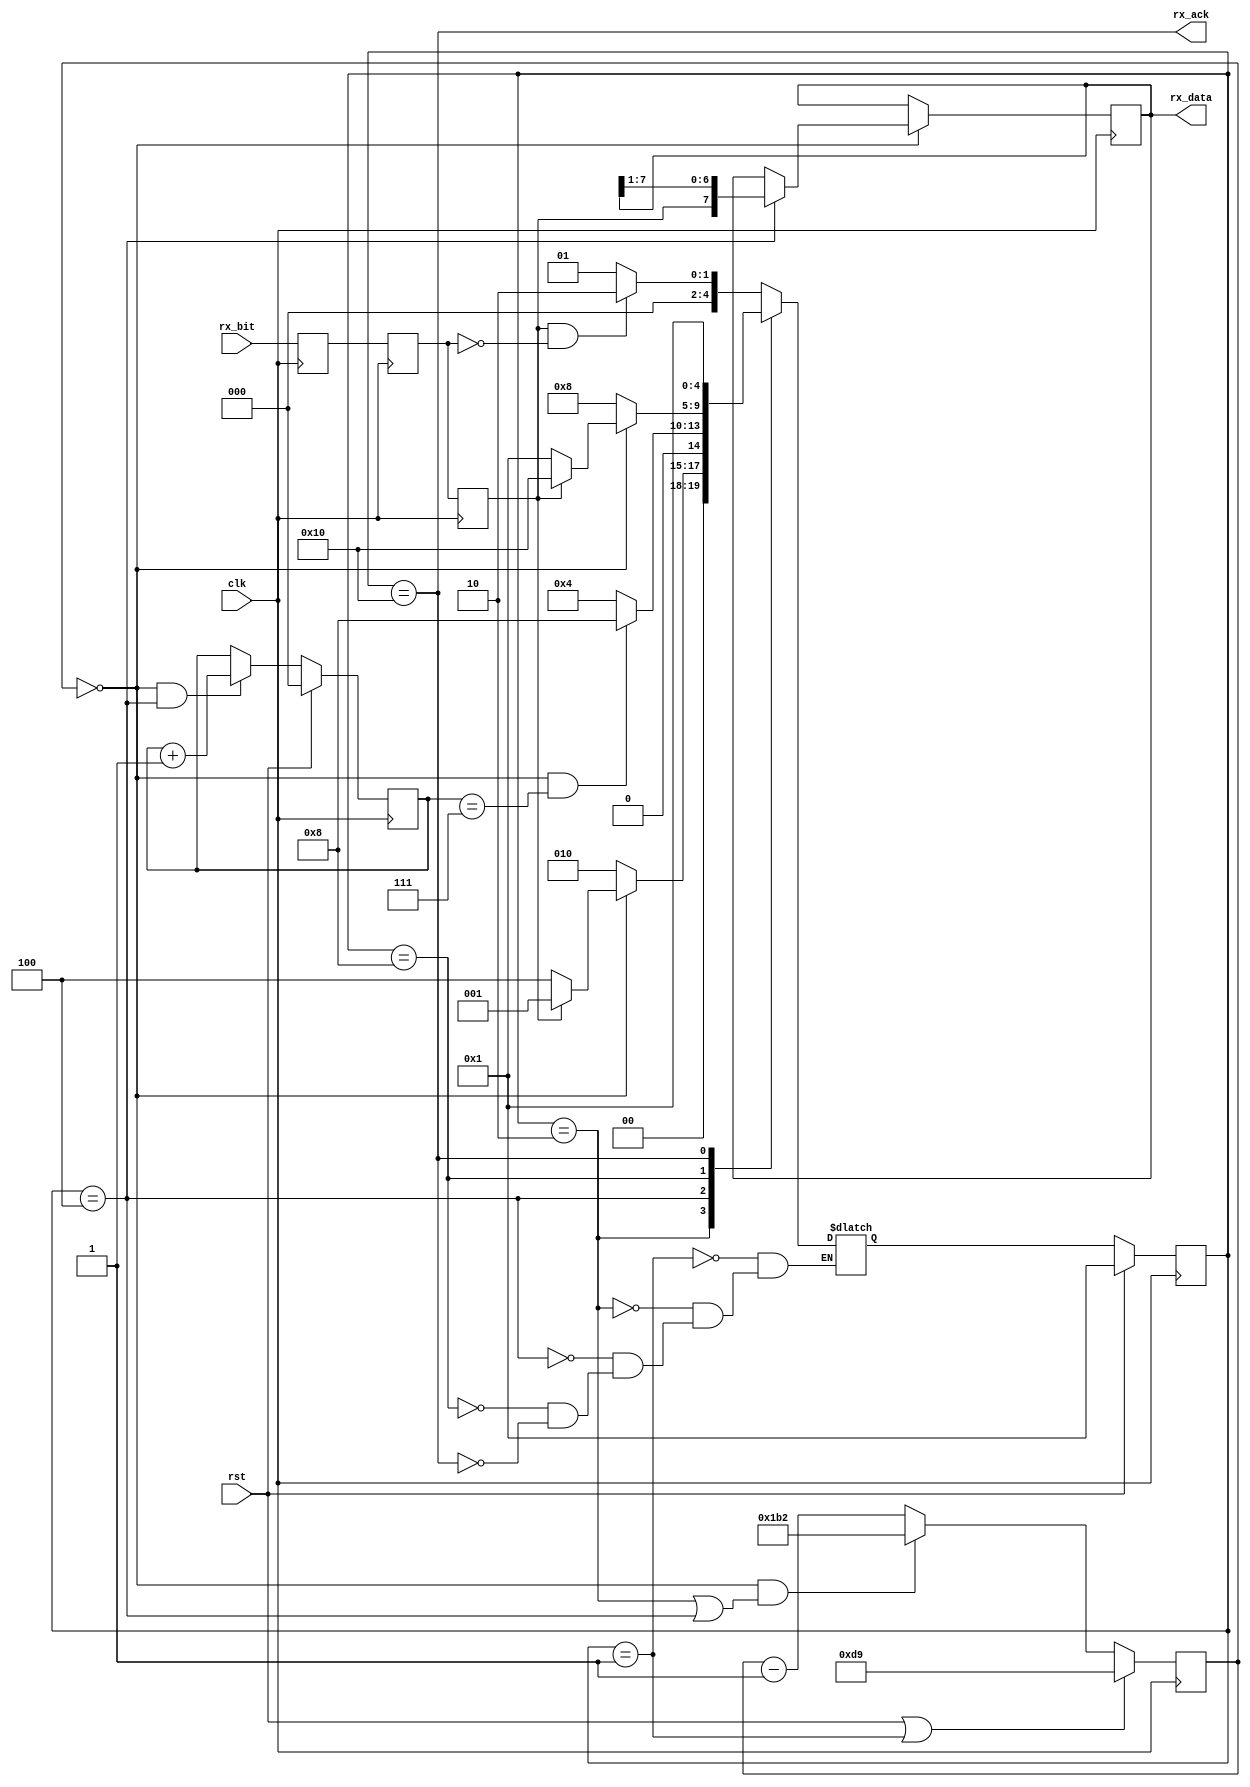
// This file is part of AjarDSP
//
// Copyright (c) 2010, 2011 Markus Lavin
// All rights reserved.
//
// Redistribution and use in source and binary forms, with or without
// modification, are permitted provided that the following conditions are
// met:
//
// 1. Redistributions of source code must retain the above copyright
//    notice, this list of conditions and the following disclaimer.
//
// 2. Redistributions in binary form must reproduce the above copyright
//    notice, this list of conditions and the following disclaimer in the
//    documentation and/or other materials provided with the distribution.
//
// 3. Neither the name of the <ORGANIZATION> nor the names of its
//    contributors may be used to endorse or promote products derived from
//    this software without specific prior written permission.
//
// THIS SOFTWARE IS PROVIDED BY THE COPYRIGHT HOLDERS AND CONTRIBUTORS
// "AS IS" AND ANY EXPRESS OR IMPLIED WARRANTIES, INCLUDING, BUT NOT
// LIMITED TO, THE IMPLIED WARRANTIES OF MERCHANTABILITY AND FITNESS FOR
// A PARTICULAR PURPOSE ARE DISCLAIMED. IN NO EVENT SHALL THE COPYRIGHT
// HOLDER OR CONTRIBUTORS BE LIABLE FOR ANY DIRECT, INDIRECT, INCIDENTAL,
// SPECIAL, EXEMPLARY, OR CONSEQUENTIAL DAMAGES (INCLUDING, BUT NOT
// LIMITED TO, PROCUREMENT OF SUBSTITUTE GOODS OR SERVICES; LOSS OF USE,
// DATA, OR PROFITS; OR BUSINESS INTERRUPTION) HOWEVER CAUSED AND ON ANY
// THEORY OF LIABILITY, WHETHER IN CONTRACT, STRICT LIABILITY, OR TORT
// (INCLUDING NEGLIGENCE OR OTHERWISE) ARISING IN ANY WAY OUT OF THE USE
// OF THIS SOFTWARE, EVEN IF ADVISED OF THE POSSIBILITY OF SUCH DAMAGE.

// For 50mhz
// `define UART_FULL_BIT_TIME 434
// `define UART_HALF_BIT_TIME 217

// For 40mhz
//`define UART_FULL_BIT_TIME 347
//`define UART_HALF_BIT_TIME 174

module uart_rx(clk, rst, rx_data, rx_ack, rx_bit);

   input clk;
   input rst;
   output [7:0] rx_data;
   output       rx_ack;
   input        rx_bit;

   wire         rx_strobe;
   wire         rx_bit_negedge;

   reg [15:0]   clk_counter;

   reg [4:0]    rx_state;
   reg [4:0]    next_rx_state;
   reg [7:0]    rx_shiftreg;

   reg          rx_bit_l1;
   reg          rx_bit_l2;
   reg          rx_bit_l3;

   reg [2:0]    rx_bitcounter;

   // For 50mhz
   parameter UART_FULL_BIT_TIME = 434,
             UART_HALF_BIT_TIME = 217;

   parameter rx_state_idle     = 5'b00001,
             rx_state_startbit = 5'b00010,
             rx_state_databit  = 5'b00100,
             rx_state_stopbit  = 5'b01000,
             rx_state_recvd    = 5'b10000;


   assign    rx_strobe = (clk_counter == 0);
   assign    rx_bit_negedge = rx_bit_l3 & ~rx_bit_l2;

   assign    rx_data = rx_shiftreg;
   assign    rx_ack = (rx_state == rx_state_recvd);

   always @(posedge clk)
     begin
        rx_bit_l1 <= rx_bit;
     end

   always @(posedge clk)
     begin
        rx_bit_l2 <= rx_bit_l1;
     end

   always @(posedge clk)
     begin
        rx_bit_l3 <= rx_bit_l2;
     end



   always @(posedge clk)
     begin
        if (rst || rx_state == rx_state_idle)
          begin
             clk_counter <= UART_HALF_BIT_TIME;
          end
        else if (rx_strobe && (rx_state == rx_state_startbit ||
                               rx_state == rx_state_databit))
          begin
             clk_counter <= UART_FULL_BIT_TIME;
          end
        else
          begin
             clk_counter <= clk_counter - 1;
          end
     end

   always @(posedge clk)
     begin
        if (rx_strobe)
          begin
             if (rx_state == rx_state_databit)
               begin
                  rx_shiftreg[7:0] <= {rx_bit_l3, rx_shiftreg[7:1]};
               end
          end
     end

   always @(posedge clk)
     begin
        if (rst)
          begin
             rx_state <= rx_state_idle;
          end
        else
          begin
             rx_state <= next_rx_state;
          end
     end


   always @(posedge clk)
     begin
        if (rst)
          begin
             rx_bitcounter <= 0;
          end
        else if (rx_strobe && rx_state == rx_state_databit)
          begin
             rx_bitcounter <= rx_bitcounter + 1;
          end
     end


   always @(rx_state or rx_bit_negedge or rx_bitcounter
            or rx_bit_l3 or clk_counter or rx_strobe)
     begin

        case (rx_state)
          rx_state_idle: begin
             if (rx_bit_negedge)
               begin
                  next_rx_state = rx_state_startbit;
               end
             else
               begin
                  next_rx_state = rx_state_idle;
               end
          end

          rx_state_startbit: begin
             if (rx_strobe)
               begin
                  if (~rx_bit_l3)
                    begin
                       next_rx_state = rx_state_databit;
                    end
                  else
                    begin
                       /* False startbit, return to idle */
                       next_rx_state = rx_state_idle;
                    end
               end
             else
               begin
                  next_rx_state = rx_state_startbit;
               end
          end

          rx_state_databit: begin
             if (rx_strobe && rx_bitcounter == 7)
               begin
                  next_rx_state = rx_state_stopbit;
               end
             else
               begin
                  next_rx_state = rx_state_databit;
               end
          end

          rx_state_stopbit: begin
             if (rx_strobe)
               begin
                  if (rx_bit_l3)
                    begin
                       next_rx_state = rx_state_recvd;
                    end
                  else
                    begin
                       /* Framing error, this is not a valid stopbit */
                       next_rx_state = rx_state_idle;
                    end
               end
             else
               begin
                  next_rx_state = rx_state_stopbit;
               end
          end // case: rx_state_stopbit

          rx_state_recvd: begin
             next_rx_state = rx_state_idle;
          end

        endcase // case (rx_state)
     end // always @ (rx_state)

endmodule // uart_rx

module uart_tx(clk, rst, tx_data, tx_req, tx_ready, tx_bit);

   input clk;
   input rst;
   input [7:0] tx_data;
   input       tx_req;
   output      tx_ready;
   output      tx_bit;

   wire        tx_strobe;

   reg [15:0]  clk_counter;

   reg [3:0]   tx_state;  // synthesis attribute SIGNAL_ENCODING of tx_state is user
   reg [3:0]   next_tx_state;  // synthesis attribute SIGNAL_ENCODING of next_tx_state is user
   reg [7:0]   tx_shiftreg;

   reg         tx_bit;
   reg [2:0]   tx_counter;

   // For 50mhz
   parameter UART_FULL_BIT_TIME = 434,
             UART_HALF_BIT_TIME = 217;

   parameter tx_state_idle     = 4'b0001,
	       tx_state_startbit = 4'b0010,
	       tx_state_databit  = 4'b0100,
	       tx_state_stopbit  = 4'b1000;


   assign    tx_strobe = (clk_counter == UART_FULL_BIT_TIME);
   assign    tx_ready = (tx_state == tx_state_idle);


   always @(posedge clk)
     begin
        if (rst | tx_strobe)
          begin
	     clk_counter <= 0;
          end
        else
          begin
	     clk_counter <= clk_counter + 1;
          end
     end

   always @(posedge clk)
     begin
        if (tx_req && tx_state == tx_state_idle)
          begin
	     tx_shiftreg <= tx_data;
          end
        else if (tx_strobe)
          begin
	     if (tx_state == tx_state_databit)
               begin
	          tx_shiftreg[7:0] <= {1'b0, tx_shiftreg[7:1]};
	       end
          end
     end

   always @(posedge clk)
     begin
        if (rst)
          begin
	     tx_state <= tx_state_idle;
          end
        else
          begin
	     tx_state <= next_tx_state;
          end
     end

   always @(posedge clk)
     begin
        if (tx_strobe | rst)
          begin
	     if (rst)
               begin
	          tx_bit <= 1'b1;
	       end
	     else
               begin
	          case (tx_state)
	            tx_state_startbit: begin
		       tx_bit <= 1'b0;
	            end

	            tx_state_databit: begin
		       tx_bit <= tx_shiftreg[0];
	            end

	            tx_state_stopbit: begin
		       tx_bit <= 1'b1;
	            end
	          endcase // case (tx_state)
	       end
          end // if (tx_strobe)

     end // always @ (posedge clk)

   always @(posedge clk)
     begin
        if (rst)
          begin
	     tx_counter <= 0;
          end
        else if (tx_strobe && tx_state == tx_state_databit)
          begin
	     tx_counter <= tx_counter + 1;
          end
     end


   always @(tx_state or tx_strobe or tx_req or tx_counter)
     begin

        case (tx_state)
	  tx_state_idle: begin
	     if (tx_req)
               begin
	          next_tx_state = tx_state_startbit;
	       end
	     else
               begin
	          next_tx_state = tx_state_idle;
	       end
	  end

	  tx_state_startbit: begin
	     if (tx_strobe)
               begin
	          next_tx_state = tx_state_databit;
	       end
	     else
               begin
	          next_tx_state = tx_state_startbit;
	       end
	  end

	  tx_state_databit: begin
	     if (tx_strobe)
               begin
	          if (tx_counter == 7)
                    begin
		       next_tx_state = tx_state_stopbit;
	            end
	          else
                    begin
		       next_tx_state = tx_state_databit;
	            end
	       end
	     else
               begin
	          next_tx_state = tx_state_databit;
	       end
	  end

	  tx_state_stopbit: begin
	     if (tx_strobe)
               begin
	          next_tx_state = tx_state_idle;
	       end
	     else
               begin
	          next_tx_state = tx_state_stopbit;
	       end
	  end

        endcase // case (tx_state)
     end // always @ (tx_state)

endmodule // uart_tx